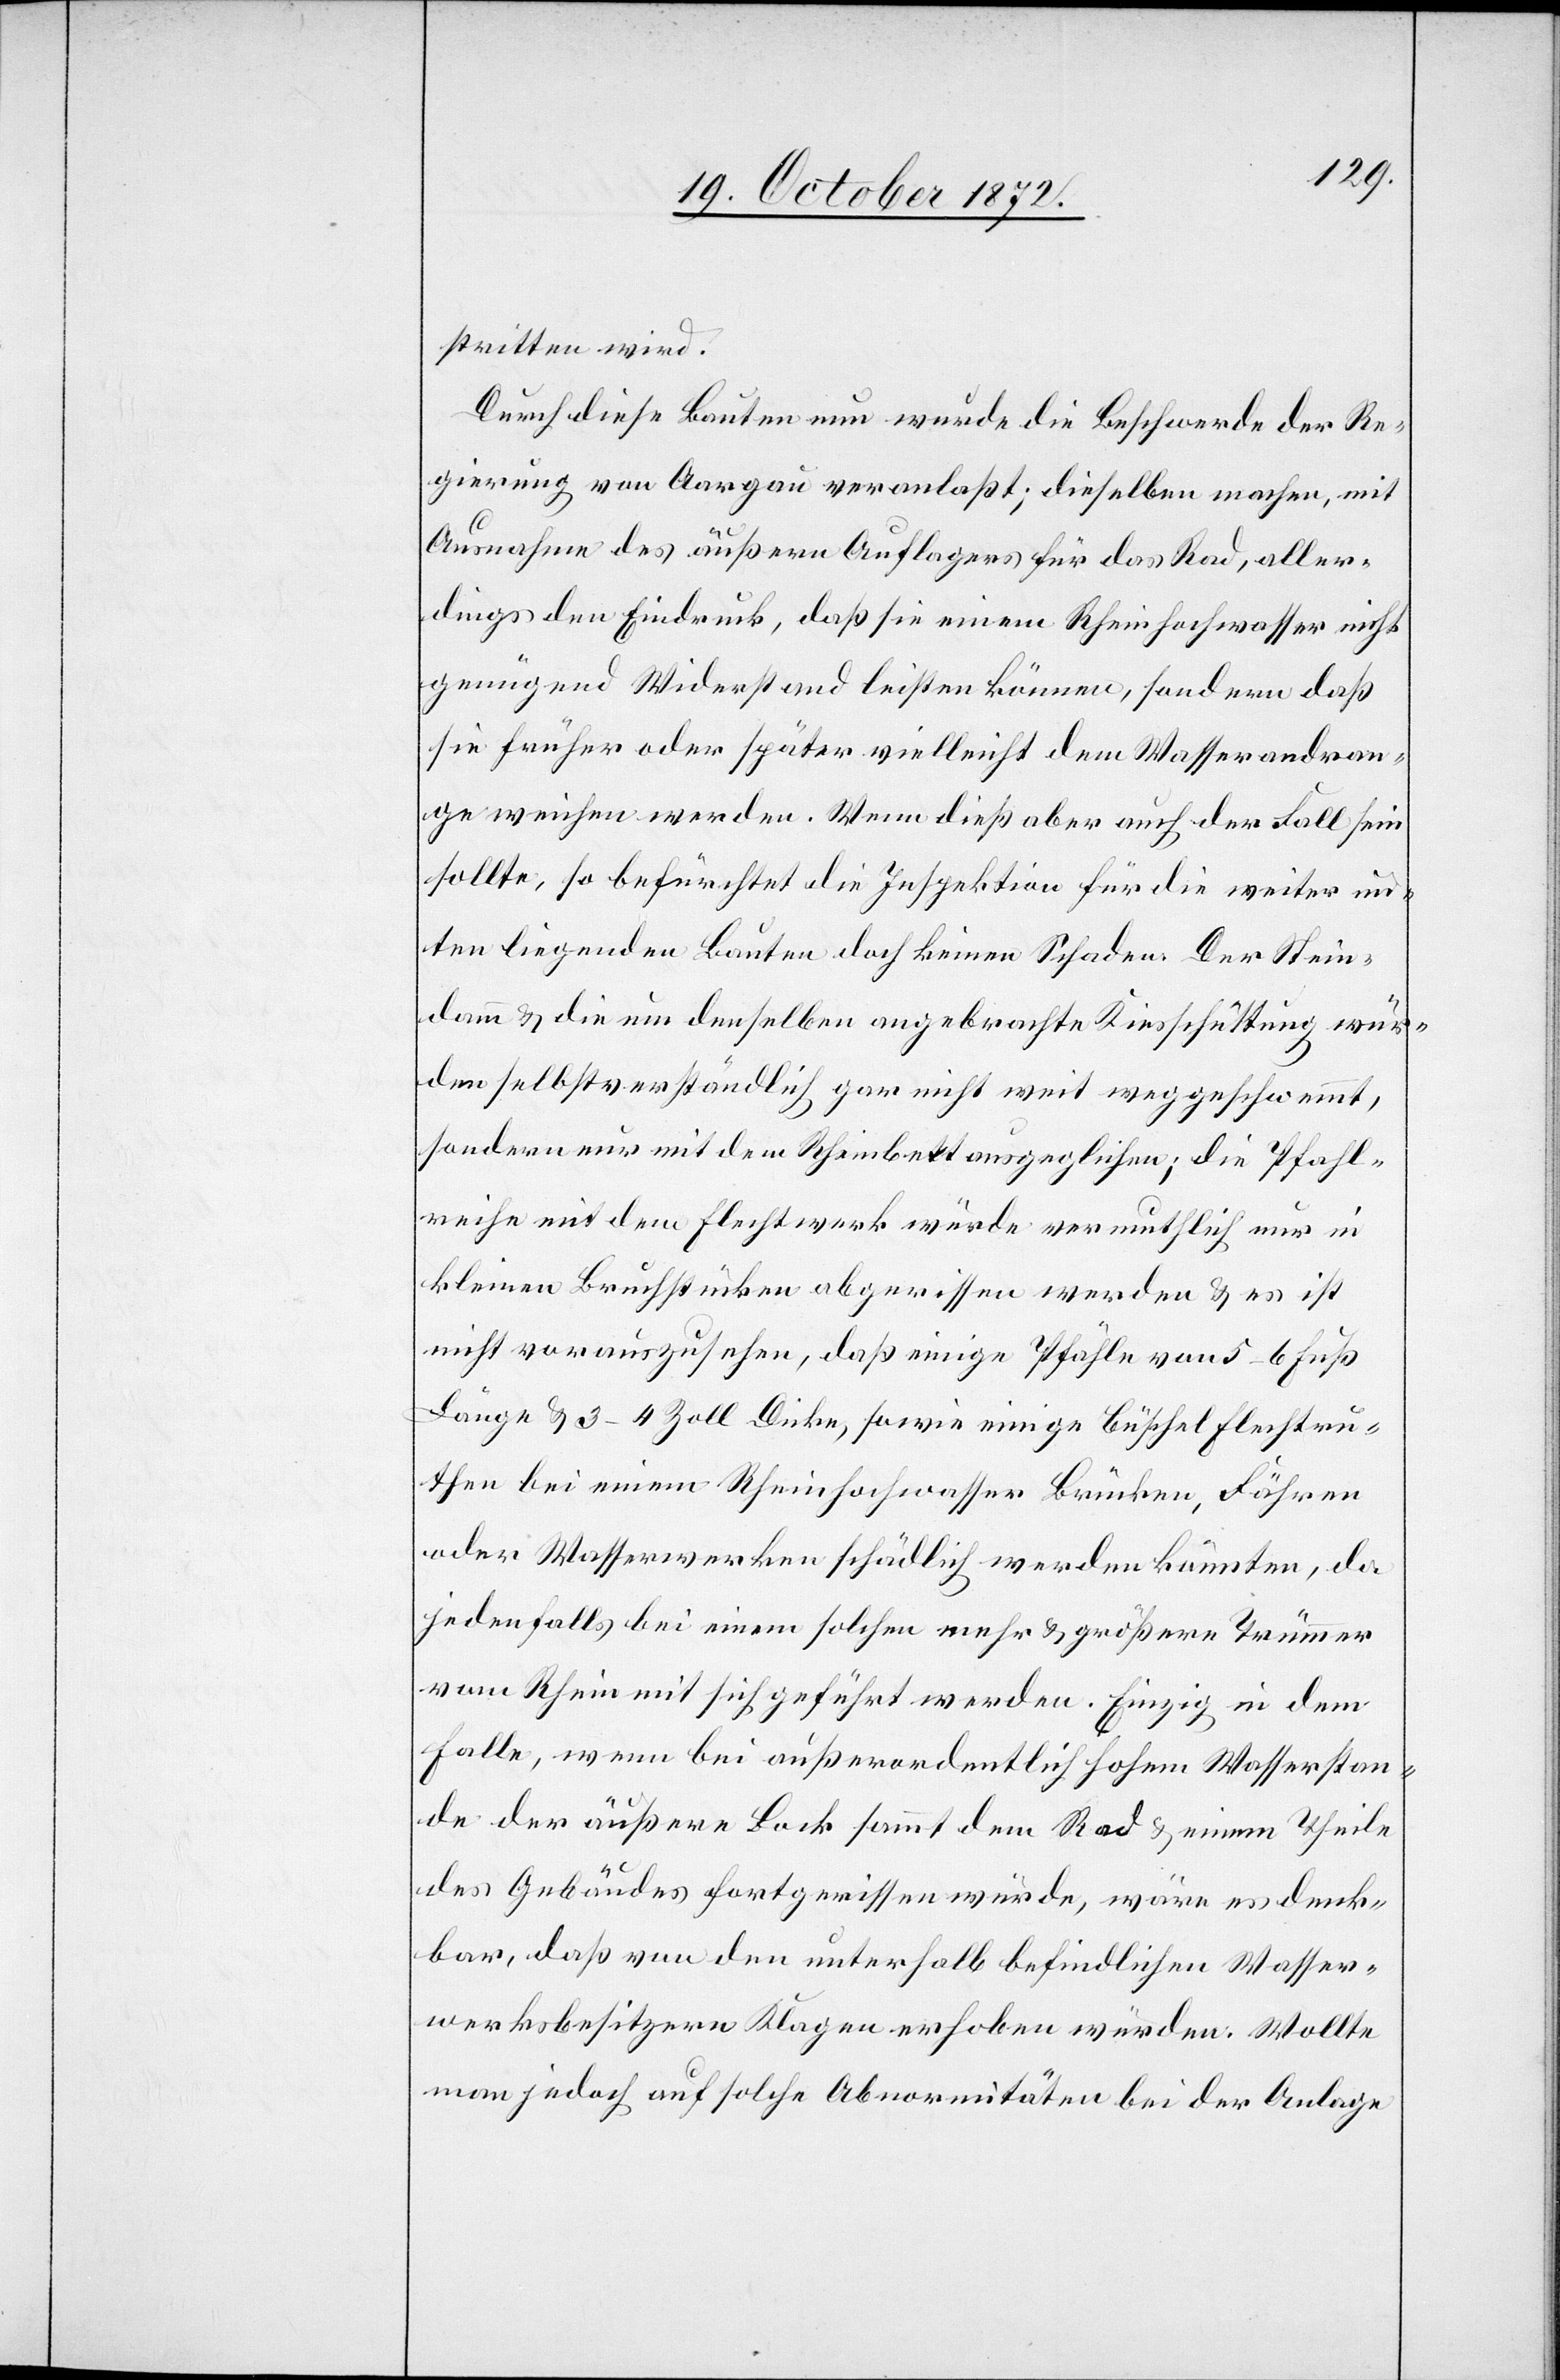
stritten wird.
Durch diese Bauten nun wurde die Beschwerde der Re¬
gierung von Aargau veranlaßt; dieselben machen, mit
Ausnahme des äußern Auflagers für das Rad, aller¬
dings den Eindruck, daß sie einem Rheinhochwasser nicht
genügend Widerstand leisten können, sondern daß
sie früher oder später vielleicht dem Wasserandran¬
ge weichen werden. Wenn dieß aber auch der Fall sein
sollte, so befürchtet die Inspektion für die weiter un¬
ten liegenden Bauten doch keinen Schaden. Der Stein¬
damm u. die um denselben angebrachte Kiesschüttung wür¬
den selbstverständlich gar nicht weit weggeschwemmt,
sondern nur mit dem Rheinbett ausgeglichen; die Pfahl¬
reihe mit dem Flechtwerk würde vermuthlich nur in
kleinen Bruchstücken abgerissen werden u. es ist
nicht vorauszusehen, daß einige Pfähle von 5–6 Fuß
Länge u. 3–4 Zoll Dicke, sowie einige Büschel Flechtru¬
then bei einem Rheinhochwasser Brücken, Fähren
oder Wasserwerken schädlich werden könnten, da
jedenfalls bei einem solchen mehr u. größere Trümmer
vom Rhein mit sich geführt werden. Einzig in dem
Falle, wenn bei außerordentlich hohem Wasserstan¬
de der äußere Bock sammt dem Rad u. einem Theile
des Gebäudes fortgerissen würde, wäre es denk¬
bar, daß von den unterhalb befindlichen Wasser¬
werksbesitzern Klagen erhoben würde. Wollte
man jedoch auf solche Abnormitäten bei der Anlage